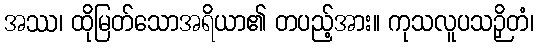
အဿ၊ ထိုမြတ်သောအရိယာ၏ တပည့်အား။ ကုသလူပသဉှိတံ၊